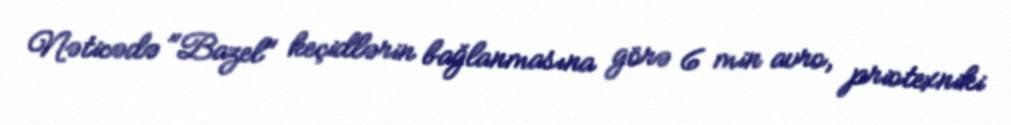
Nəticədə "Bazel" keçidlərin bağlanmasına görə 6 min avro, priotexniki